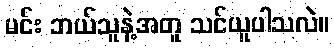
မင်း ဘယ်သူနဲ့အတူ သင်ယူပါသလဲ။